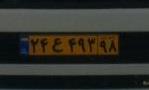
۲۴ع۴۹۳۹۸